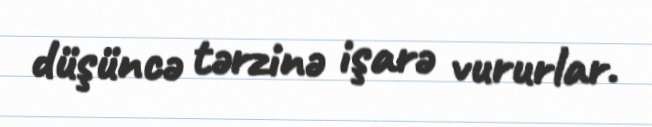
düşüncə tərzinə işarə vururlar.